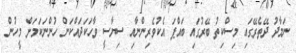
ނަމާދު ދޭތެރޭގައި މިސްކިތު ބޭރުގައި ބައްޕަ އެކުވެރިންނާއި ސިޔާސީ ވާހަކަދައްކަން ހުންނަކަމަށް މީހުން